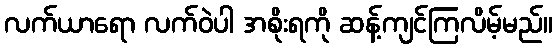
လက်ယာရော လက်ဝဲပါ အစိုးရကို ဆန့်ကျင်ကြလိမ့်မည်။